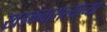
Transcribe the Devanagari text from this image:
खडकवासल्याच्या